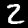
Digit: 2